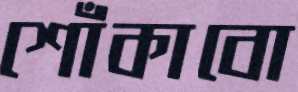
শোঁকাবো